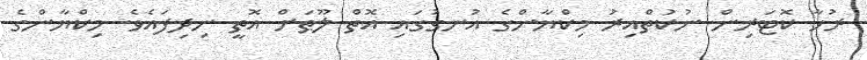
ރުހާ ކޮޓަރިން ނުކުތްއިރު މިކްޔާންގެ އުނގުގައި އޮތް ލޫޠަށް އޮތީ ނިދިފައެވެ. މިކްޔާންގެ